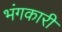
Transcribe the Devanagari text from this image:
भंगकारी